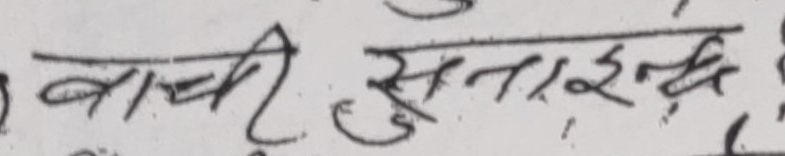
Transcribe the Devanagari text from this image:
बाची सुनाइन्छ